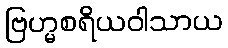
ဗြဟ္မစရိယဝါသာယ